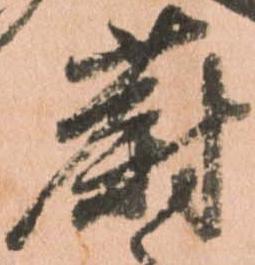
蔚